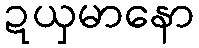
ဍယှမာနော